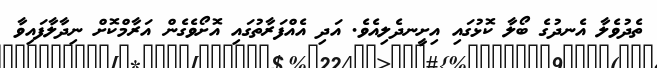
ތެދުވެލާ އެނދުގެ ބޯލާ ކޮޅުގައި އިށީނދެލިއެވެ. އަދި އެއްފަރާތުގައި އޮށޯވެގެން އަރާމްކޮށް ނިދާލާފައިވާ